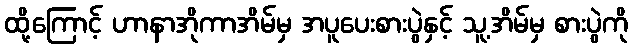
ထို့ကြောင့် ဟာနာအိုကာအိမ်မှ အပူပေးစားပွဲနှင့် သူ့အိမ်မှ စားပွဲကို